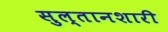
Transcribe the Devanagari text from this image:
सुल्तानशारी